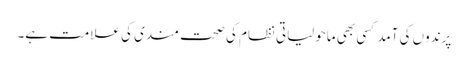
پرندوں کی آمد کسی بھی ماحولیاتی نظام کی صحت مندی کی علامت ہے۔